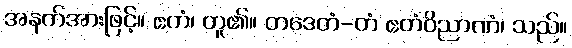
အနက်အားဖြင့်။ ဧကံ၊ တူ၏။ တဒေတံ-တံ ဧတံဝိညာဏံ၊ သည်။